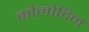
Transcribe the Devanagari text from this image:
कोलोदिन